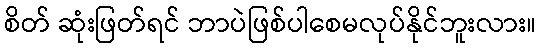
စိတ် ဆုံးဖြတ်ရင် ဘာပဲဖြစ်ပါစေမလုပ်နိုင်ဘူးလား။